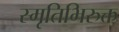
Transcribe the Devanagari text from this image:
स्मृतिभिरुक्त